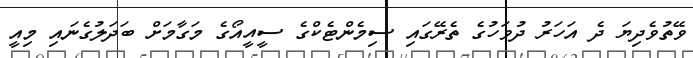
ވޭތުވެދިޔަ ދެ އަހަރު ދުވަހުގެ ތެރޭގައި ސިމެންޓެކްގެ ސީއީއޯގެ މަގާމަށް ބަދަލުގެނައި މިއީ